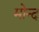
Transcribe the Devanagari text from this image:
मोन्‍द